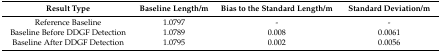
<table><thead><tr><td><b>Result Type</b></td><td><b>Baseline Length/m</b></td><td><b>Bias to the Standard Length/m </b></td><td><b>Standard Deviation/m</b></td></tr></thead><tbody><tr><td>Reference Baseline</td><td>1.0797</td><td>-</td><td>-</td></tr><tr><td>Baseline Before DDGF Detection</td><td>1.0789</td><td>0.008</td><td>0.0061</td></tr><tr><td>Baseline After DDGF Detection</td><td>1.0795</td><td>0.002</td><td>0.0056</td></tr></tbody></table>